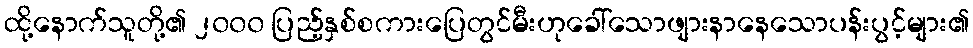
ထို့နောက်သူတို့၏ ၂၀၀၀ ပြည့်နှစ်စကားပြေတွင်မီးဟုခေါ်သောဖျားနာနေသောပန်းပွင့်များ၏